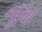
નૂમા